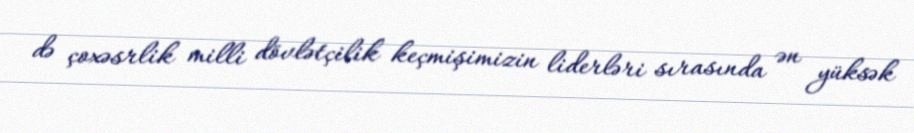
də çoxəsrlik milli dövlətçilik keçmişimizin liderləri sırasında ən yüksək